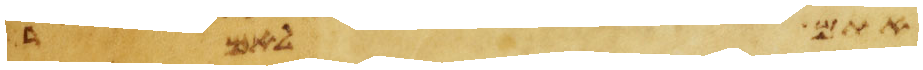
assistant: אתם לאמר